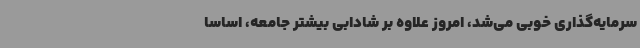
سرمایه‌گذاری خوبی می‌شد، امروز علاوه بر شادابی بیشتر جامعه، اساساً